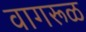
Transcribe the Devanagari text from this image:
वागरूळ